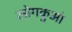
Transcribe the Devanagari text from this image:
लोगकुआं